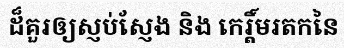
ដ៏គួរឲ្យស្ញប់ស្ញែង និង កេរ្តិ៍មរតកនៃ